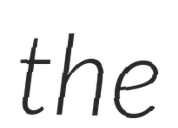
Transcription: the